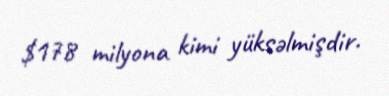
$178 milyona kimi yüksəlmişdir.